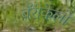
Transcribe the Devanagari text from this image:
बॅरीकेलो